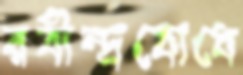
রবীন্দ্রবোধে